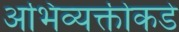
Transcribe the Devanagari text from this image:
अभिव्यक्तीकडे